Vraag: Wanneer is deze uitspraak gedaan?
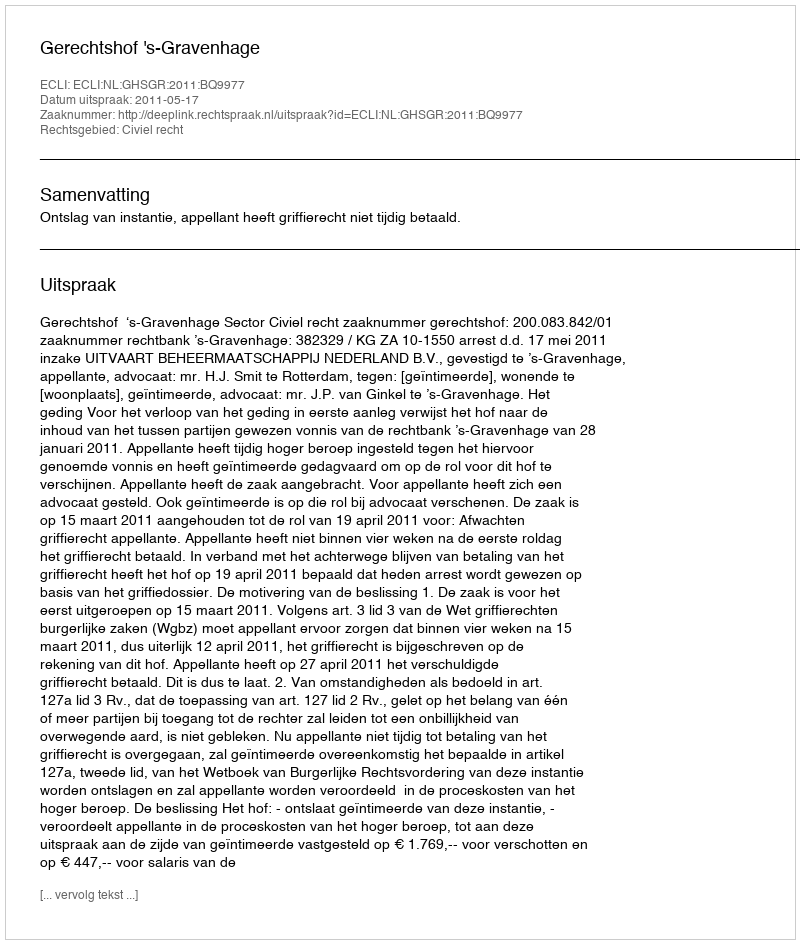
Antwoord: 2011-05-17